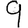
Digit: 9